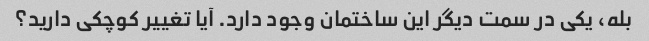
بله، یکی در سمت دیگر این ساختمان وجود دارد. آیا تغییر کوچکی دارید؟